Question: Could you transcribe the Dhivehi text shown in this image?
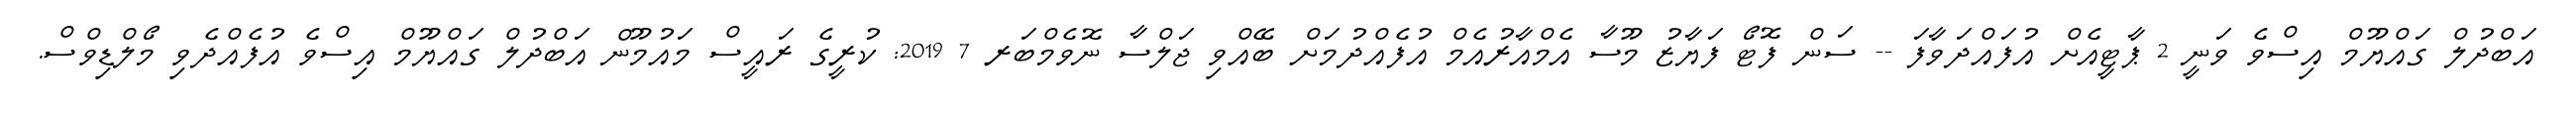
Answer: އަބްދުލް ގައްޔޫމް އިސްވެ ވަނީ 2 ޕާޓީއެށް އުފައްދަވާފަ -- ސަން ފޮޓޯ ފަޔާޒު މޫސާ އެމްއާރުއެމް އުފެއްދުމަށް ބޭއްވި ޖަލްސާ ނޮވެމްބަރ 7 2019: ކުރީގެ ރައީސް މައުމޫން އަބްދުލް ގައްޔޫމް އިސްވެ އުފެއްދެވި މޯލްޑިވްސް.